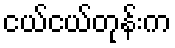
ငယ်ငယ်တုန်းက